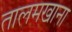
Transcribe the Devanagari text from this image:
तालमखाना